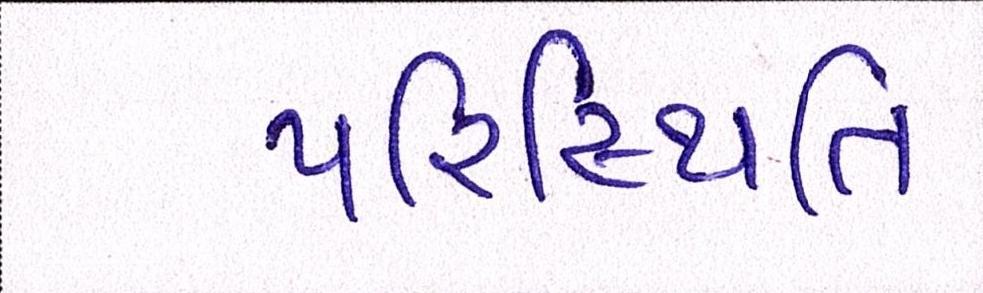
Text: પરિસ્થિતિ